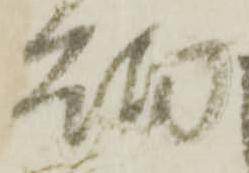
砌